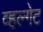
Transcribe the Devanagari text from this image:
व्हल्गेट